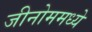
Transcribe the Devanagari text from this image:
जीनोममध्ये